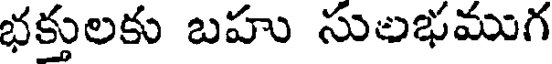
భక్తులకు బహు సులభముగ